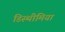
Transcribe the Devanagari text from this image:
डिस्थीमिया